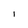
Character: I